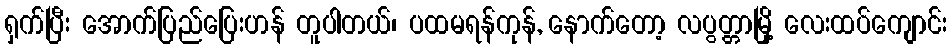
ရှက်ပြီး အောက်ပြည်ပြေးဟန် တူပါတယ်၊ ပထမရန်ကုန်, နောက်တော့ လပွတ္တာမြို့ လေးထပ်ကျောင်း